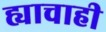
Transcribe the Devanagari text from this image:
ह्याचाही